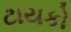
ટાયકો